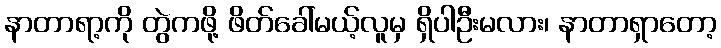
နာတာရာ့ကို တွဲကဖို့ ဖိတ်ခေါ်မယ့်လူမှ ရှိပါဦးမလား၊ နာတာရှာတော့